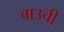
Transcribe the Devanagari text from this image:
बाउची